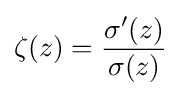
\zeta (z)={\frac {\sigma '(z)}{\sigma (z)}}